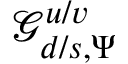
\mathcal { G } _ { d / s , \Psi } ^ { u / v }